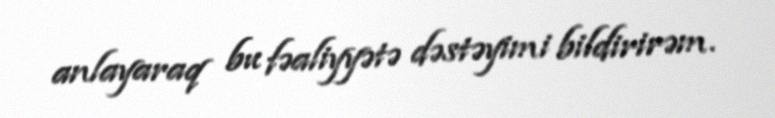
anlayaraq bu fəaliyyətə dəstəyimi bildirirəm.